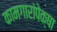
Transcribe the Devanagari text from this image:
कामगारांपेक्षा